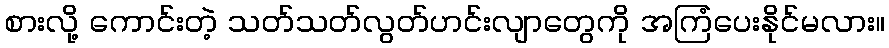
စားလို့ ကောင်းတဲ့ သတ်သတ်လွတ်ဟင်းလျာတွေကို အကြံပေးနိုင်မလား။